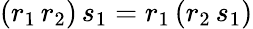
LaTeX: (r_{1}\, r_{2})\, s_{1}=r_{1}\, (r_{2}\, s_{1})